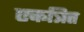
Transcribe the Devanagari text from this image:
एकत्रित